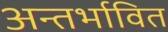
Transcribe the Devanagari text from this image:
अन्तर्भावित